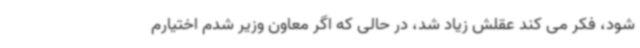
شود، فکر می کند عقلش زیاد شد، در حالی که اگر معاون وزیر شدم اختیارم